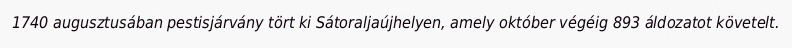
1740 augusztusában pestisjárvány tört ki Sátoraljaújhelyen, amely október végéig 893 áldozatot követelt.